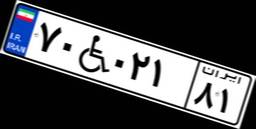
۶۰W۲۵۹۹۷